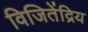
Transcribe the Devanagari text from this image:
विजितेंद्रिय